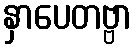
နှာပေတဗ္ဗာ